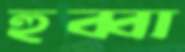
হুব্বা